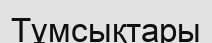
Тұмсықтары